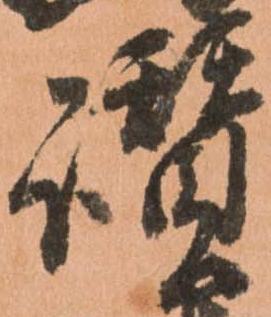
讃